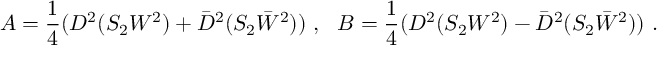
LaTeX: A = \frac { 1 } { 4 } ( D ^ { 2 } ( S _ { 2 } W ^ { 2 } ) + \bar { D } ^ { 2 } ( S _ { 2 } \bar { W } ^ { 2 } ) ) ~ , ~ ~ B = \frac { 1 } { 4 } ( D ^ { 2 } ( S _ { 2 } W ^ { 2 } ) - \bar { D } ^ { 2 } ( S _ { 2 } \bar { W } ^ { 2 } ) ) ~ .